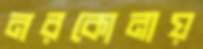
নরকোনায়